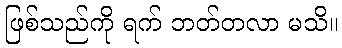
ဖြစ်သည်ကို ရက် ဘတ်တလာ မသိ။